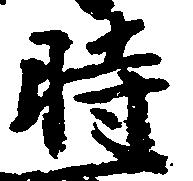
時